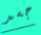
جسد